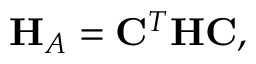
\mathbf { H } _ { A } = \mathbf { C } ^ { T } \mathbf { H } \mathbf { C } ,